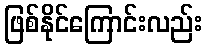
ဖြစ်နိုင်ကြောင်းလည်း